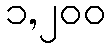
၁,၂၀၀